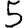
Digit: 5